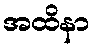
အထိနာ